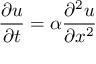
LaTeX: { \frac { \partial u } { \partial t } } = \alpha { \frac { \partial ^ { 2 } u } { \partial x ^ { 2 } } }